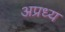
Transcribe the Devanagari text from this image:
अप्रध्य